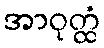
အာဝုတ္ထံ